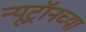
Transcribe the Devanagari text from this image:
न्यूट्रॉनच्या